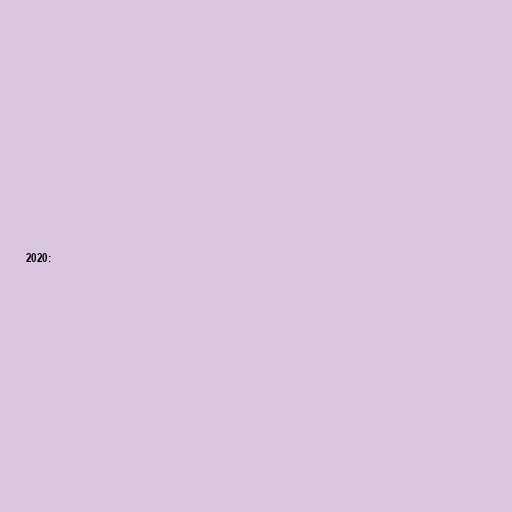
2020: